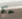
حكم